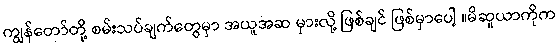
ကျွန်တော်တို့ စမ်းသပ်ချက်တွေမှာ အယူအဆ မှားလို့ ဖြစ်ချင် ဖြစ်မှာပေါ့ ။မိဆူယာကိုက